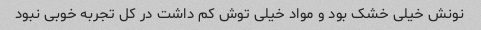
نونش خیلی خشک بود و مواد خیلی توش کم داشت در کل تجربه خوبی نبود